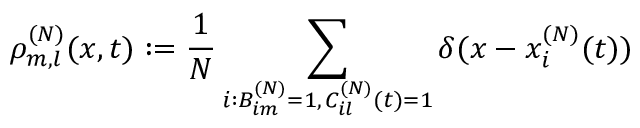
\rho _ { m , l } ^ { ( N ) } ( x , t ) : = \frac { 1 } { N } \sum _ { \substack { i : B _ { i m } ^ { ( N ) } = 1 , \, C _ { i l } ^ { ( N ) } ( t ) = 1 } } \delta ( x - x _ { i } ^ { ( N ) } ( t ) )